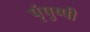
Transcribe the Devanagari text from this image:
पृंपुष्पी